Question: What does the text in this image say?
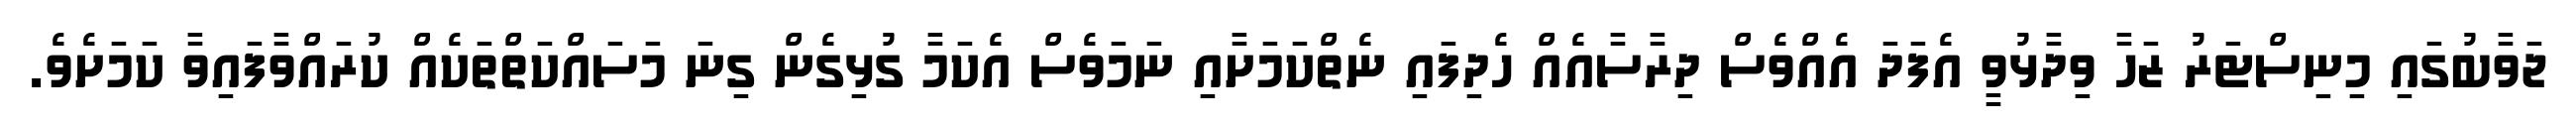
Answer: ޖަވާބުގައި މިނިސްޓަރު ޒަހާ ވިދާޅުވީ އެފަދަ އެއްވެސް ދިރާސާއެއް ހެދިފައި ނެތްކަމަށާއި ނަމަވެސް އެކަމާ ގުޅިގެން ގިނަ މަސައްކަތްތަކެއް ކުރައްވާފައިވާ ކަމަށެވެ.